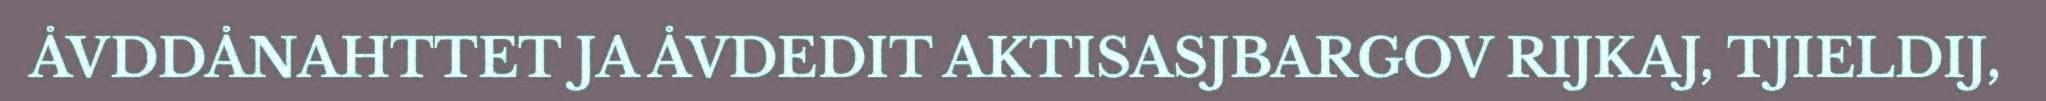
ÅVDDÅNAHTTET JA ÅVDEDIT AKTISASJBARGOV RIJKAJ, TJIELDIJ,